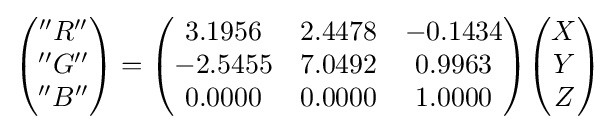
{\begin{pmatrix}''R''\\''G''\\''B''\end{pmatrix}}={\begin{pmatrix}3.1956&2.4478&-0.1434\\-2.5455&7.0492&0.9963\\0.0000&0.0000&1.0000\end{pmatrix}}{\begin{pmatrix}X\\Y\\Z\end{pmatrix}}